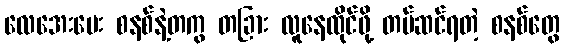
လေအေးပေး စနစ်နဲ့တကွ တခြား လူနေထိုင်ဖို့ တပ်ဆင်ရတဲ့ စနစ်တွေ